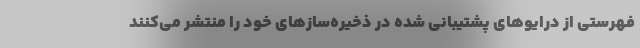
فهرستی از درایوهای پشتیبانی شده در ذخیره‌سازهای خود را منتشر می‌کنند